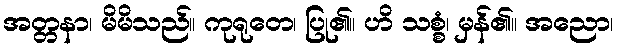
အတ္တနာ၊ မိမိသည်။ ကုရုတေ၊ ပြု၏။ ဟိ သစ္စံ၊ မှန်၏။ အညော၊